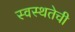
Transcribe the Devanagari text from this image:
स्वस्थतेची